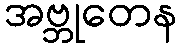
အဗ္ဘုတေန